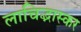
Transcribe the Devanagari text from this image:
लाचिद्भास्कर